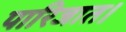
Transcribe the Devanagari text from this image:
पारिजात।